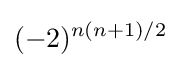
(-2)^{n(n+1)/2}